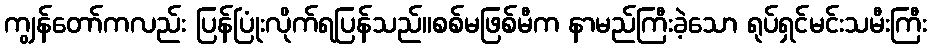
ကျွန်တော်ကလည်း ပြန်ပြုံးလိုက်ရပြန်သည်။စစ်မဖြစ်မီက နာမည်ကြီးခဲ့သော ရုပ်ရှင်မင်းသမီးကြီး